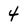
Character: 4